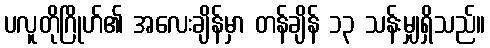
ပလူတိုဂြိုဟ်၏ အလေးချိန်မှာ တန်ချိန် ၁၃ သန်းမျှရှိသည်။